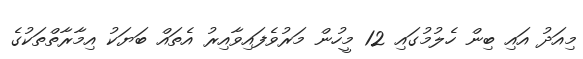
މިއަދު އައި ބިން ހެލުމުގައި 12 މީހުން މަރުވެފައިވާއިރު އެތައް ބަޔަކު އިމާރާތްތަކުގެ